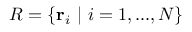
R = \{ \mathbf r _ { i } \ | \ i = 1 , . . . , N \}